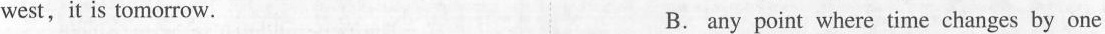
west,it is tomorrow. B. any point where time changes by one